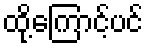
ထို့ကြောင့်ပင်